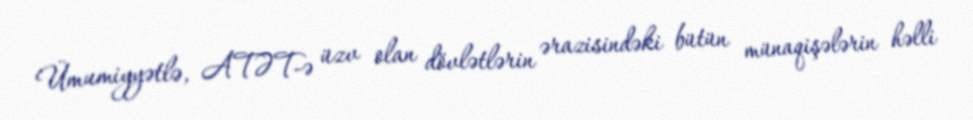
Ümumiyyətlə, ATƏT-ə üzv olan dövlətlərin ərazisindəki bütün münaqişələrin həlli